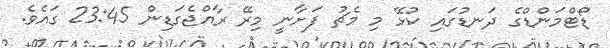
ޑޯޓްމަންޑްގެ ދަނޑުގައި ކުޅޭ މި މެޗު ފަށާނީ މިރޭ ރާއްޖެގަޑިން 23:45 ގައެވެ.